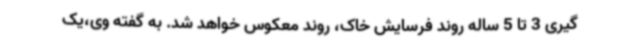
گیری 3 تا 5 ساله روند فرسایش خاک، روند معکوس خواهد شد. به گفته وی،یک